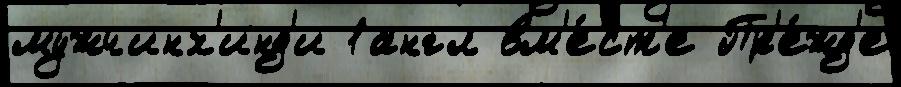
мужчинх'инд'и 1англ вм'е́ст'е Пр'е́жд'е